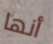
أنها